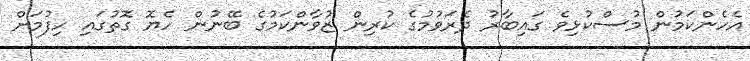
އެހެންކަމުން މުސްކުޅިވެ ގައިބާރު ދެރަވުމުގެ ކުރިން ޒުވާންކަމުގެ ބޭނުން ހެޔޮ ގޮތުގައި ހިފުމަށް